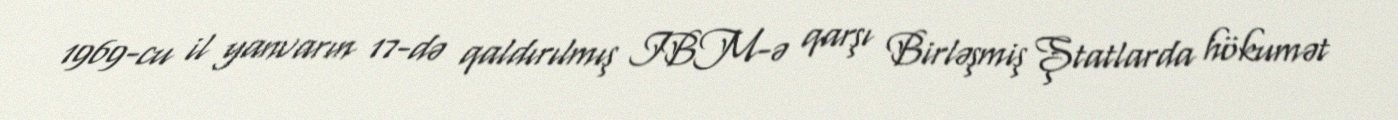
1969-cu il yanvarın 17-də qaldırılmış IBM-ə qarşı Birləşmiş Ştatlarda hökumət